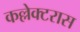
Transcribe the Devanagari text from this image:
कल्लेक्टरास